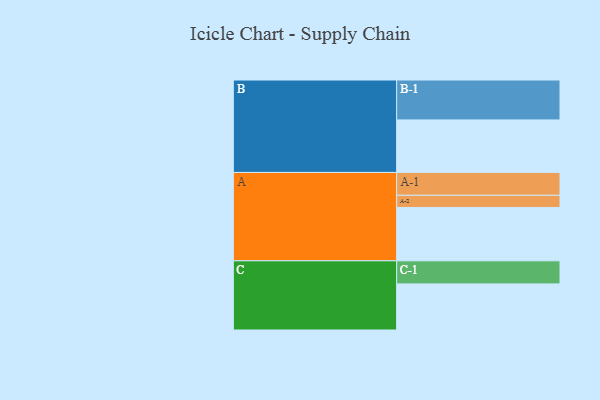
{"axis": {"x": "Segment", "y": "Value"}, "legend": ["", "A", "B", "C"], "data": [{"x": "A", "y": 390, "type": ""}, {"x": "B", "y": 384, "type": ""}, {"x": "C", "y": 337, "type": ""}, {"x": "A-1", "y": 167, "type": "A"}, {"x": "A-2", "y": 89, "type": "A"}, {"x": "B-1", "y": 292, "type": "B"}, {"x": "C-1", "y": 169, "type": "C"}]}